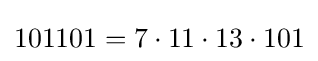
101101=7\cdot 11\cdot 13\cdot 101